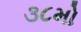
૩૮મો